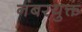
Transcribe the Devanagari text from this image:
नंबरयुक्त